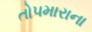
તોપમારાના